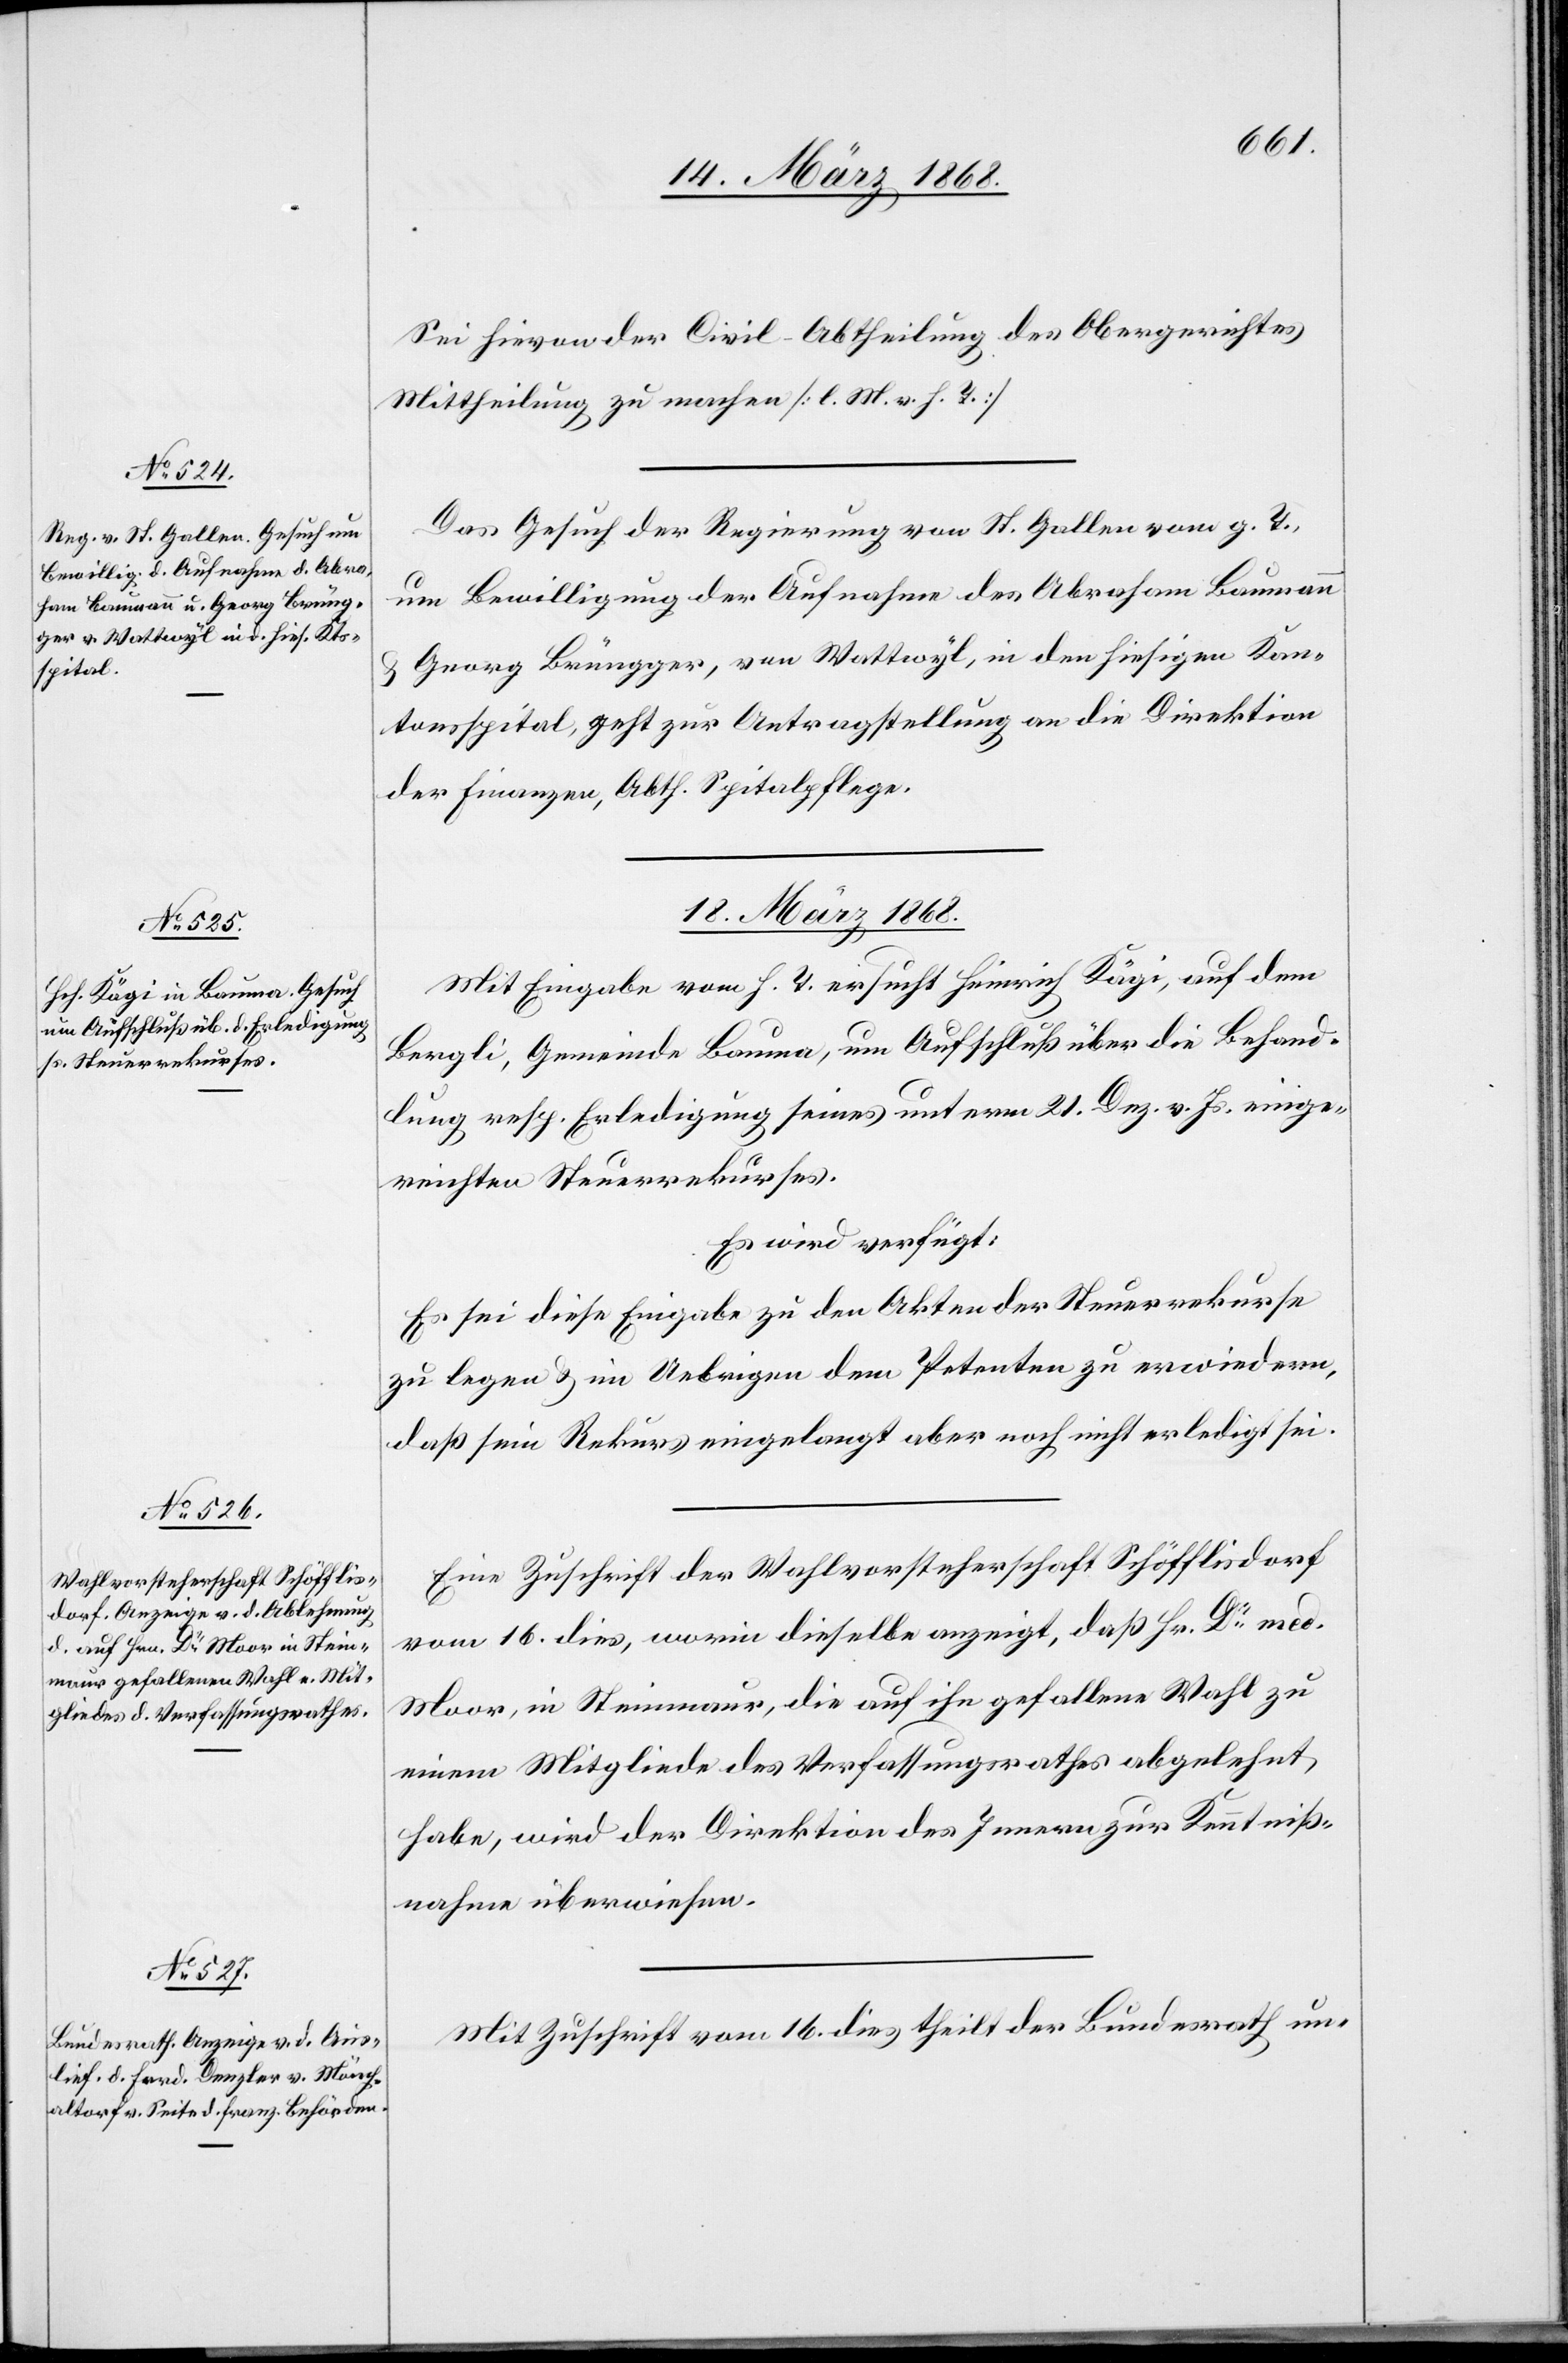
Sei hievon der Civil-Abtheilung des Obergerichtes
Mittheilung zu machen [l. M. v. h. T.]
Das Gesuch der Regierung von St. Gallen vom g. T.,
um Bewilligung der Aufnahme des Abraham Baumann
& Georg Brüngger, von Wattwyl, in den hiesigen Kan¬
tonsspital, geht zur Antragstellung an die Direktion
der Finanzen, Abth. Spitalpflege.
18. März 1868.]
Mit Eingabe vom h. T. ersucht Heinrich Kägi, auf dem
Bergli, Gemeinde Bauma, um Aufschluß über die Behand¬
lung resp. Erledigung seines unterm 21. Dez. v. Js. einge¬
reichten Steuerrekurses.
Es wird verfügt:
Es sei diese Eingabe zu den Akten der Steuerrekurse
zu legen & im Uebrigen dem Petenten zu erwiedern,
daß sein Rekurs eingelangt aber noch nicht erledigt sei.
Eine Zuschrift der Wahlvorsteherschaft Schöfflisdorf
vom 16. dies, worin dieselbe anzeigt, daß Hr. Dr. med.
Moor, in Steinmaur, die auf ihn gefallene Wahl zu
einem Mitgliede des Verfassungsrathes abgelehnt
habe, wird der Direktion des Innern zur Kenntniß¬
nahme überwiesen.
Mit Zuschrift vom 16. dies theilt der Bundesrath un-